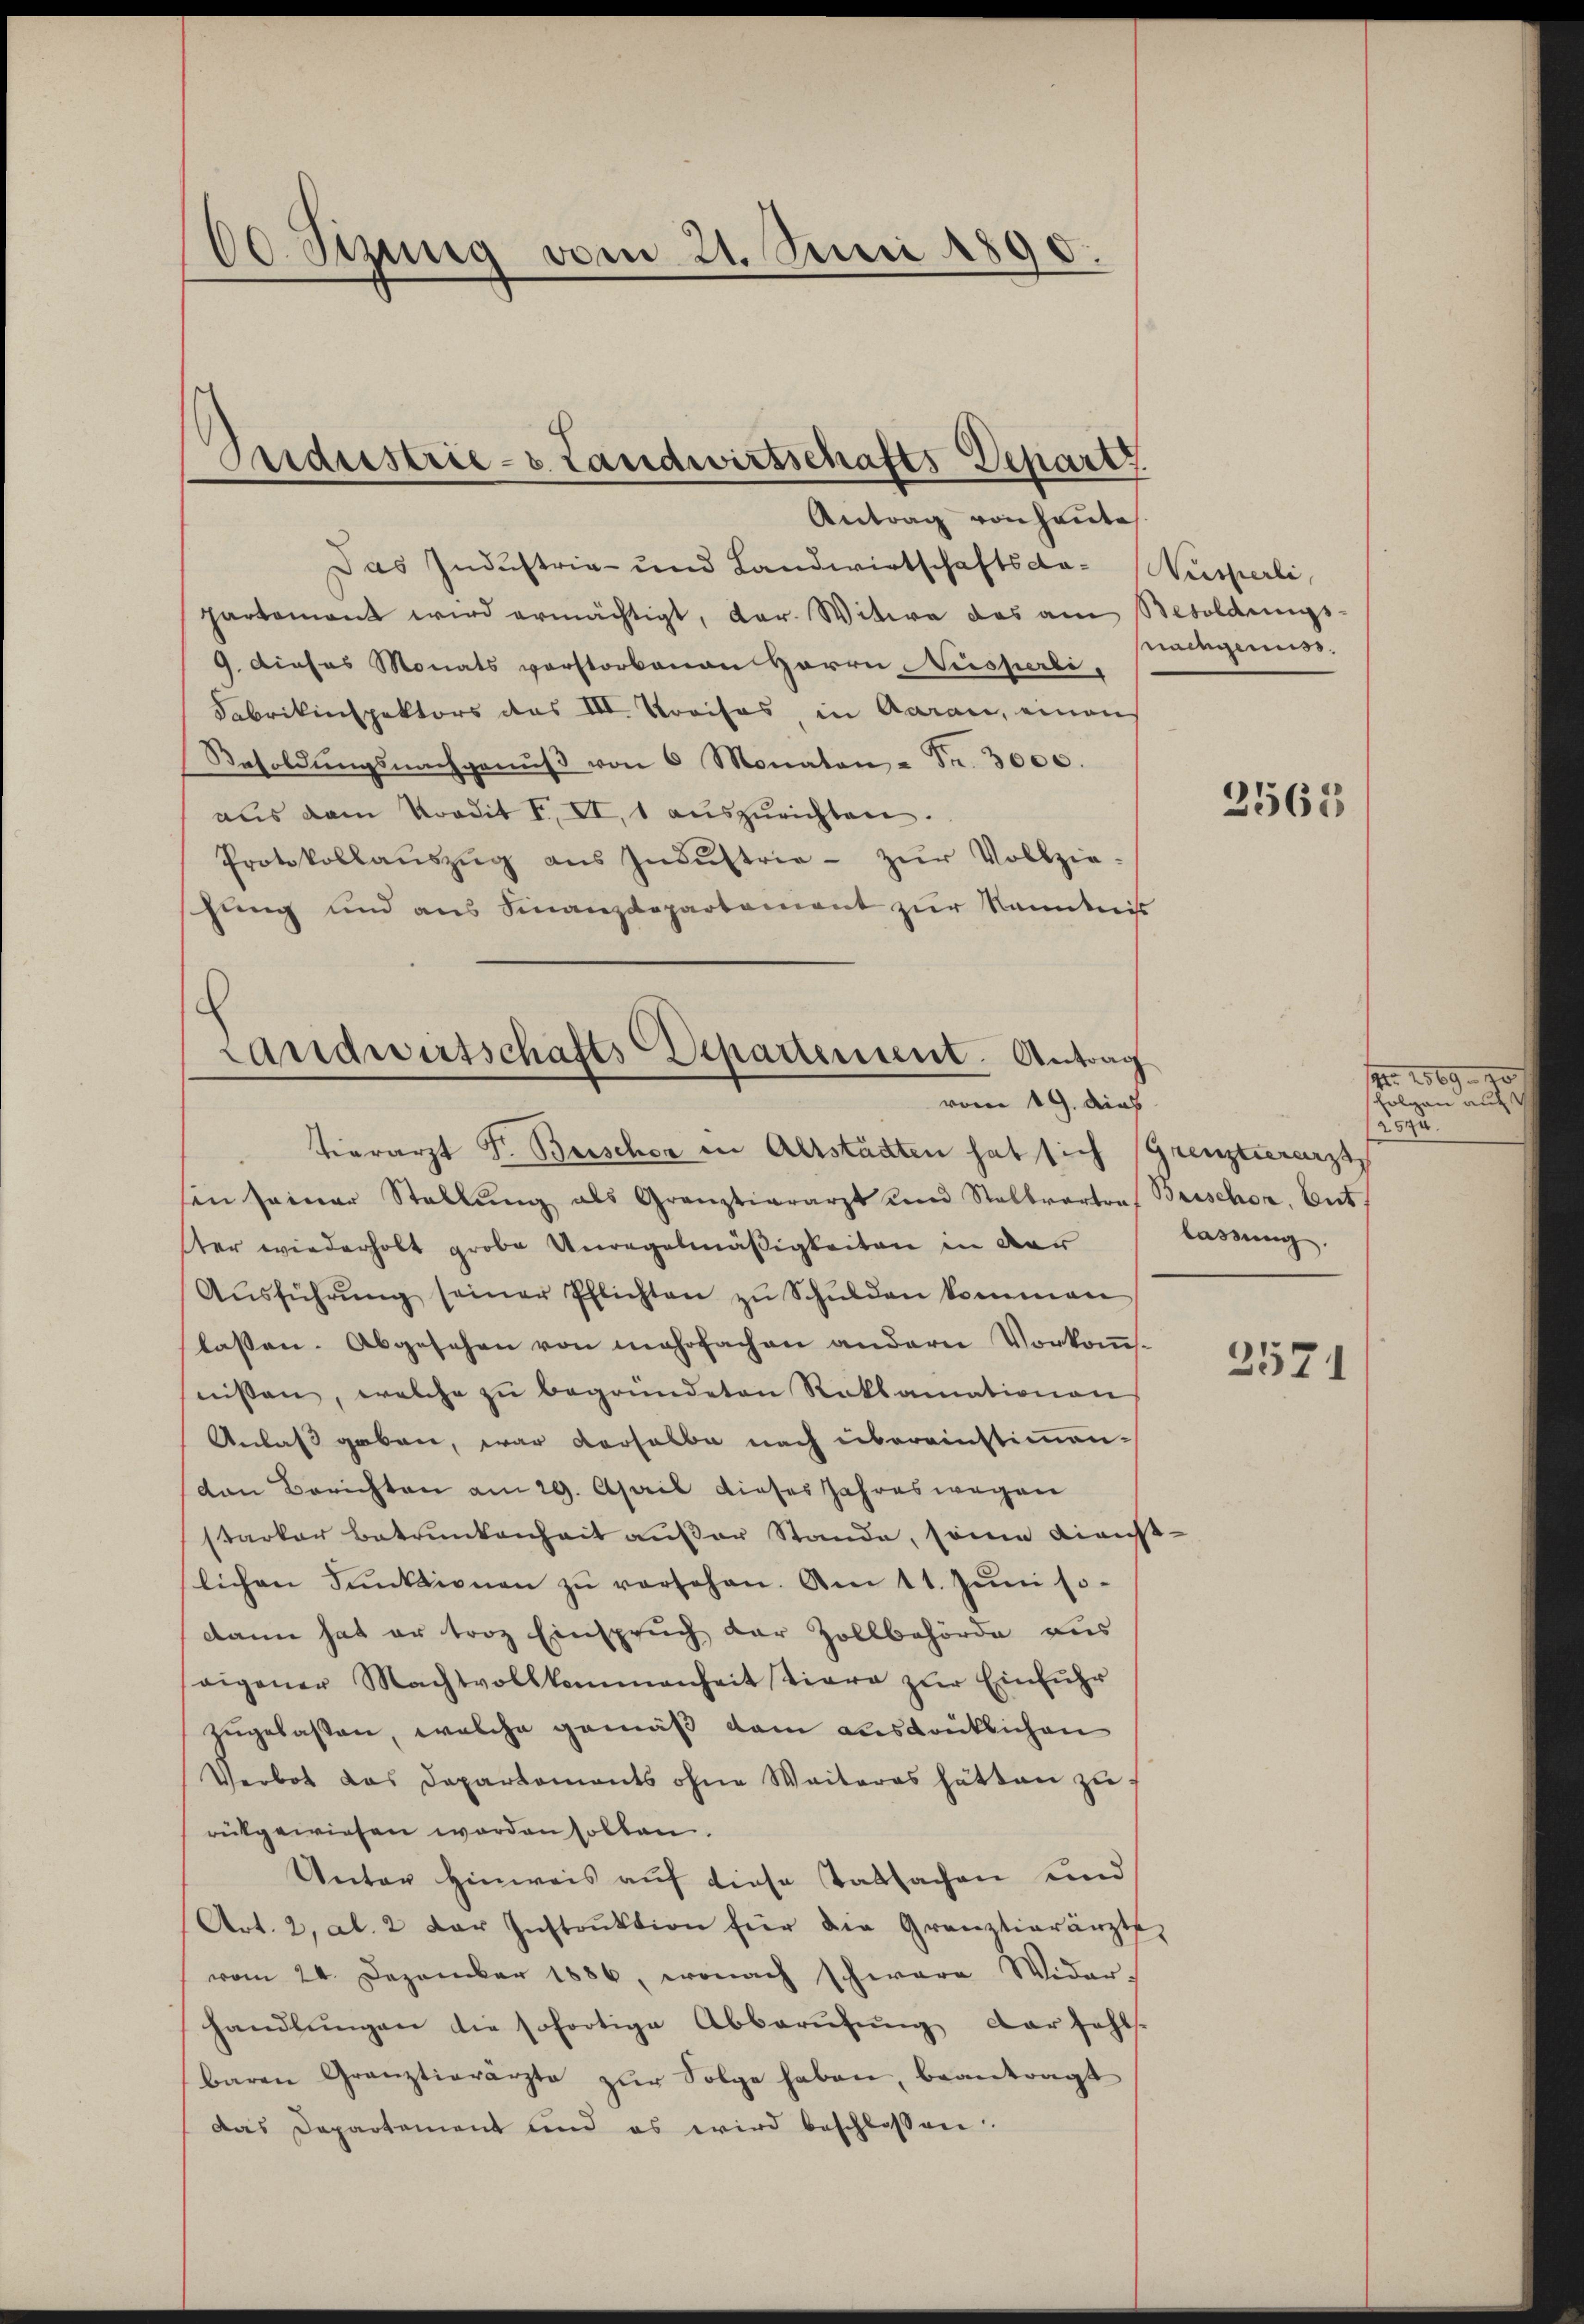
00. Szung vom 21. Juni 1890.

Sendustrie-v. Landwirtschafts-Depart
Antrag von heute

Das Industrie- und Landwirtschaftsda-Nusperli,
partement wird ermächtigt, dar. Witwe das am Besoldungs-
9. Dieses Monats verstorbenen Herrn Nesperli,
Fabrikinspektors das III. Kreises in Aarau, einen
Besoldŭngsnachganŭβ von 6 Monaten - Fr. 3000.
aus dem Kordit I. II. 1 aŭszŭrichten.
Protokollaŭszŭg ans Indŭstrie- zŭr Vollzie-
hung und aus Finanzdepartement zur Kenntnis

Landwirtschafts-Departement. Antrag
vom 19. dies

tierarzt Fr. Beischer in Altstädten hat sich Grenztierarzt
sen seiner Stellŭng als Granztiararzt und Stalbvarton Brischor, Ent
ster wiederholt grobe Unregelmäßigkeiten in der
Aŭsführŭng seiner Pflichten zŭ Schŭlden kommen
lassen. Abgesehen von mehrfachen andern Vorkommsnissen, welche zŭ begründeten Reklamationen
Anlaß geben, war derselbe nach übereinstimmen-
den Berichten am 29. April dieses Jahreswegen
starker Betrunkenheit außer Stande, seine Kinißlichen Sanktionen zŭ versehen. Am 11. Jŭni so
dann hat er troz Einspruch der Zollbehörde aus
eigener Machtvollkommenheit tiere zŭr Einführ
zugelassen, welche gemäß dem ausdrüklichen
Verbot das Daparkoments ohne Weiteres hätten zŭ
rükgewiesen worden sollen.
Unter Hinweis auf diese Tatsachen und
Art. 2, Al. 2 der Instruktion für die Gränztierärzte,
vom 24. Dezember 1886, wonach schwere Wider-
handlŭngen die sofortige Abberŭfŭng darfehls.
baren Granztierarzte zŭr Folge haben, beantragt
Das Departement und es wird beschlossen:

Mamgenuss.

2563

Nr. 2569. 70
folgen auf
2594.
lassung.

2571